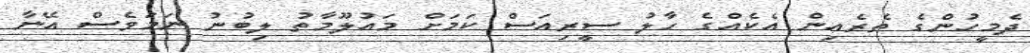
ދެމީހުންގެ ތެރެއިން އެކެއްގެ ހާލު ސީރިއަސް ކަމަށް މައުލޫމާތު ލިބުނު ނަމަވެސް އޭނާ